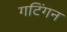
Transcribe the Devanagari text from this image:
गटिंगन